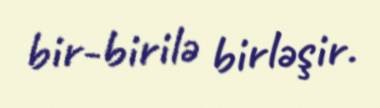
bir-birilə birləşir.